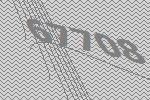
67708